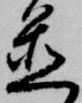
置